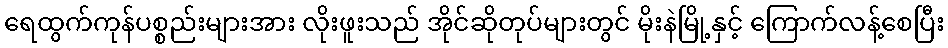
ရေထွက်ကုန်ပစ္စည်းများအား လိုးဖူးသည် အိုင်ဆိုတုပ်များတွင် မိုးနဲမြို့နှင့် ကြောက်လန့်စေပြီး